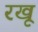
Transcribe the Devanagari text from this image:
रखू